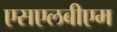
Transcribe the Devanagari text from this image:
एसएलबीएम